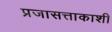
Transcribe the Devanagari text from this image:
प्रजासत्ताकाशी